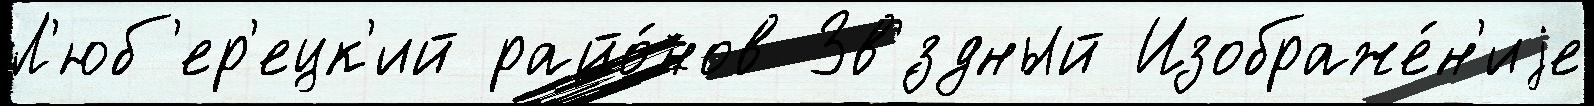
Л'юб'ер'ецк'ий райо́нов Зв'́здный Изображе́н'иjе